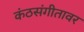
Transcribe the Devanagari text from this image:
कंठसंगीतावर